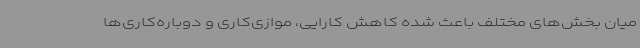
میان بخش‌های مختلف باعث شده کاهش کارایی، موازی‌کاری و دوباره‌کاری‌ها